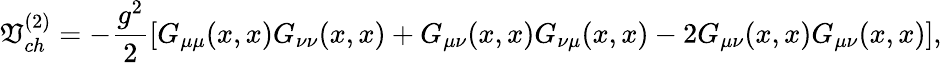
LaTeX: \mathfrak{V}_{ch}^{(2)}=-\frac{{g^{2}}}{{2}}[G_{\mu\mu}(x,x)G_{\nu\nu}(x,x)+G_{\mu\nu}(x,x)G_{\nu\mu}(x,x)-2G_{\mu\nu}(x,x)G_{\mu\nu}(x,x)],